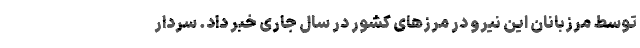
توسط مرزبانان این نیرو در مرزهای کشور در سال جاری خبر داد. سردار